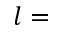
l =